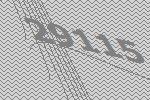
29115